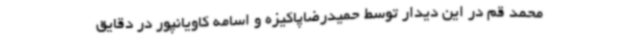
محمد قم در این دیدار توسط حمیدرضاپاکیزه و اسامه کاویانپور در دقایق